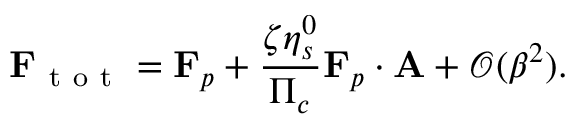
\mathbf { F } _ { \mathrm { ~ t ~ o ~ t ~ } } = \mathbf { F } _ { p } + \frac { \zeta \eta _ { s } ^ { 0 } } { \Pi _ { c } } \mathbf { F } _ { p } \boldsymbol { \cdot } \mathbf { A } + \mathcal { O } ( \beta ^ { 2 } ) .